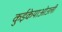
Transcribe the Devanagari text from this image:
कुईकेयाओउली